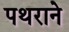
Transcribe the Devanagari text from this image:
पथराने